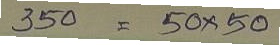
350 = 50x50